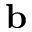
\mathbf { b }